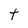
Character: t